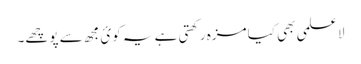
لاعلمی بھی کیا مزہ رکھتی ہے یہ کوئ مجھ سے پوچھے۔